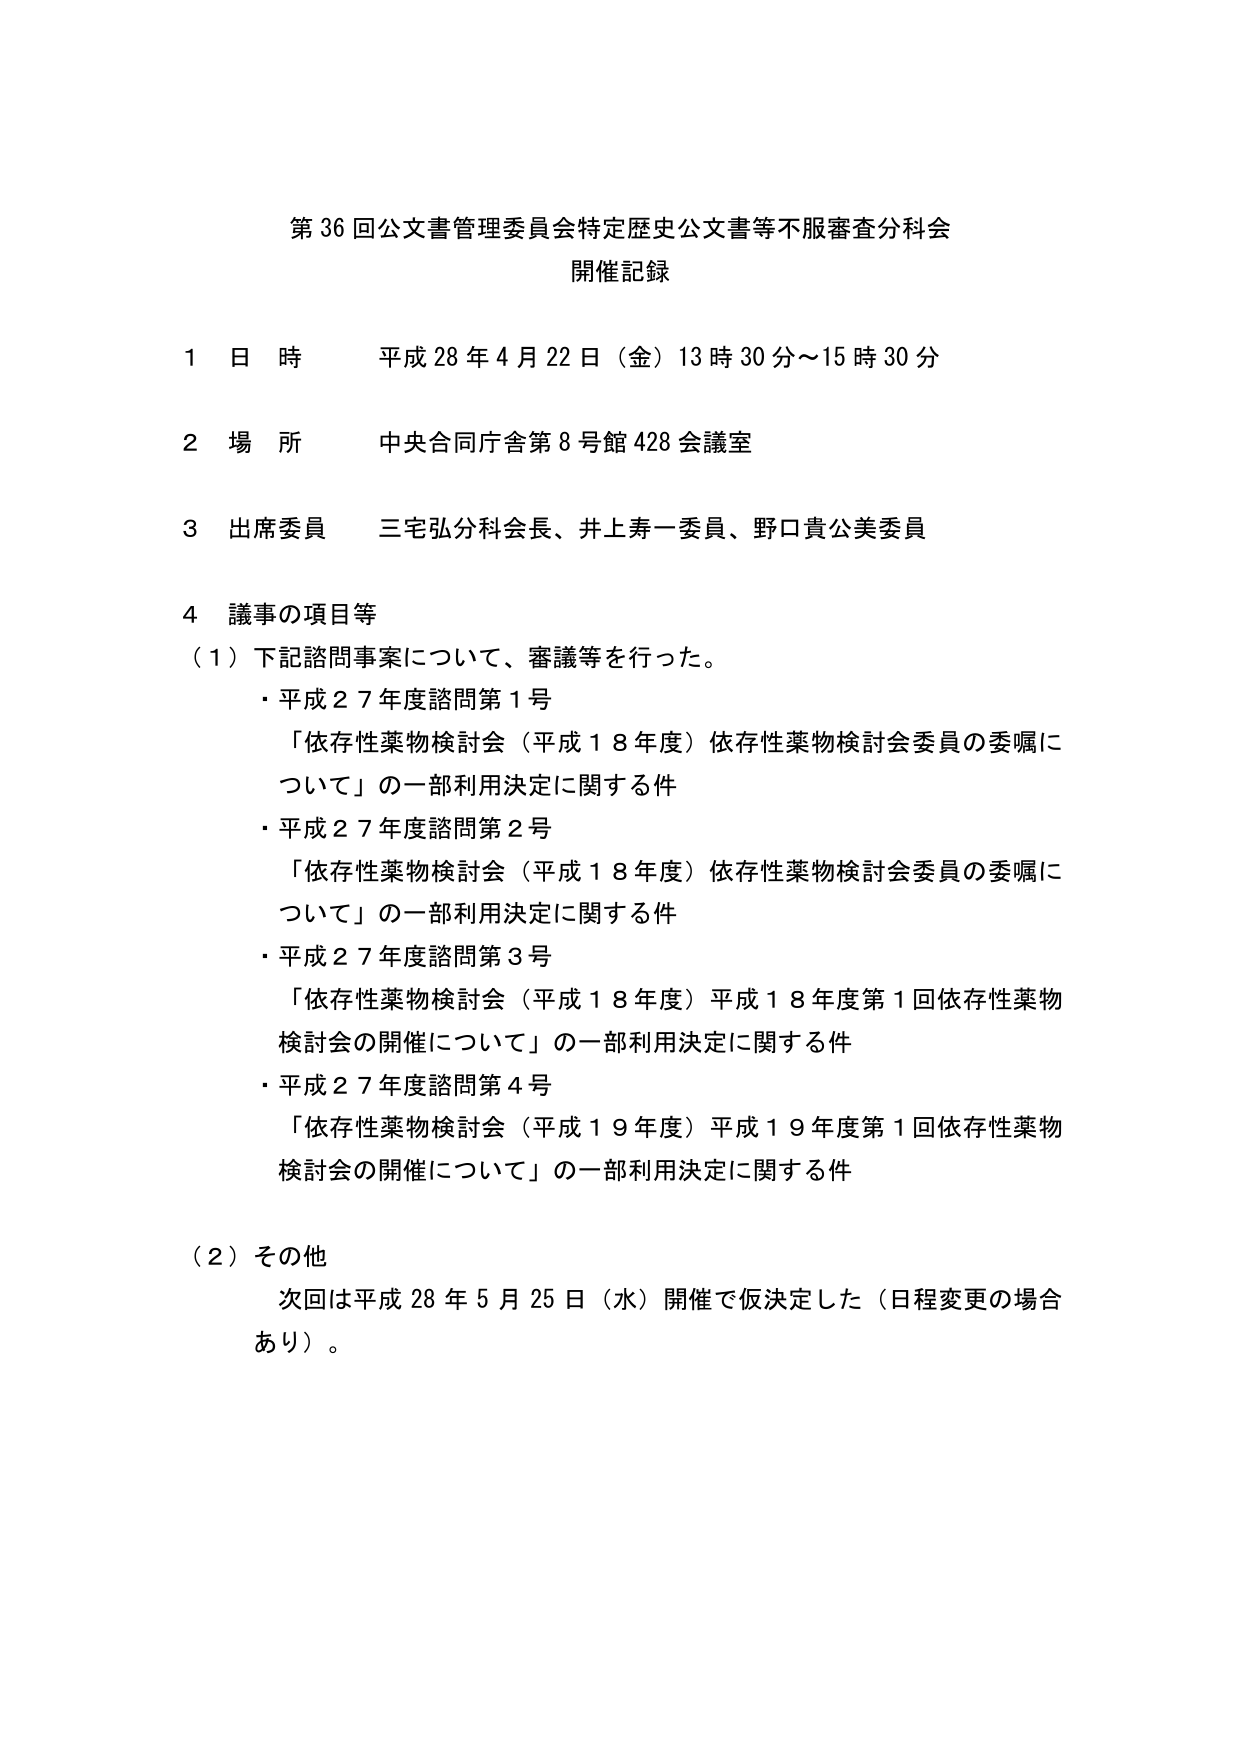
第36回公文書管理委員会特定歴史公文書等不服審査分科会
開催記録

1 日時 平成28年4月22日（金）13時30分～15時30分
2 場所 中央合同庁舎第8号館428会議室
3 出席委員 三宅弘分科会長、井上寿一委員、野口貴公美委員
4 議事の項目等
（1）下記諮問事案について、審議等を行った。
・平成27年度諮問第1号
「依存性薬物検討会（平成18年度）依存性薬物検討会委員の委嘱について」の一部利用決定に関する件
・平成27年度諮問第2号
「依存性薬物検討会（平成18年度）依存性薬物検討会委員の委嘱について」の一部利用決定に関する件
・平成27年度諮問第3号
「依存性薬物検討会（平成18年度）平成18年度第1回依存性薬物検討会の開催について」の一部利用決定に関する件
・平成27年度諮問第4号
「依存性薬物検討会（平成19年度）平成19年度第1回依存性薬物検討会の開催について」の一部利用決定に関する件
（2）その他
次回は平成28年5月25日（水）開催で仮決定した（日程変更の場合あり）。